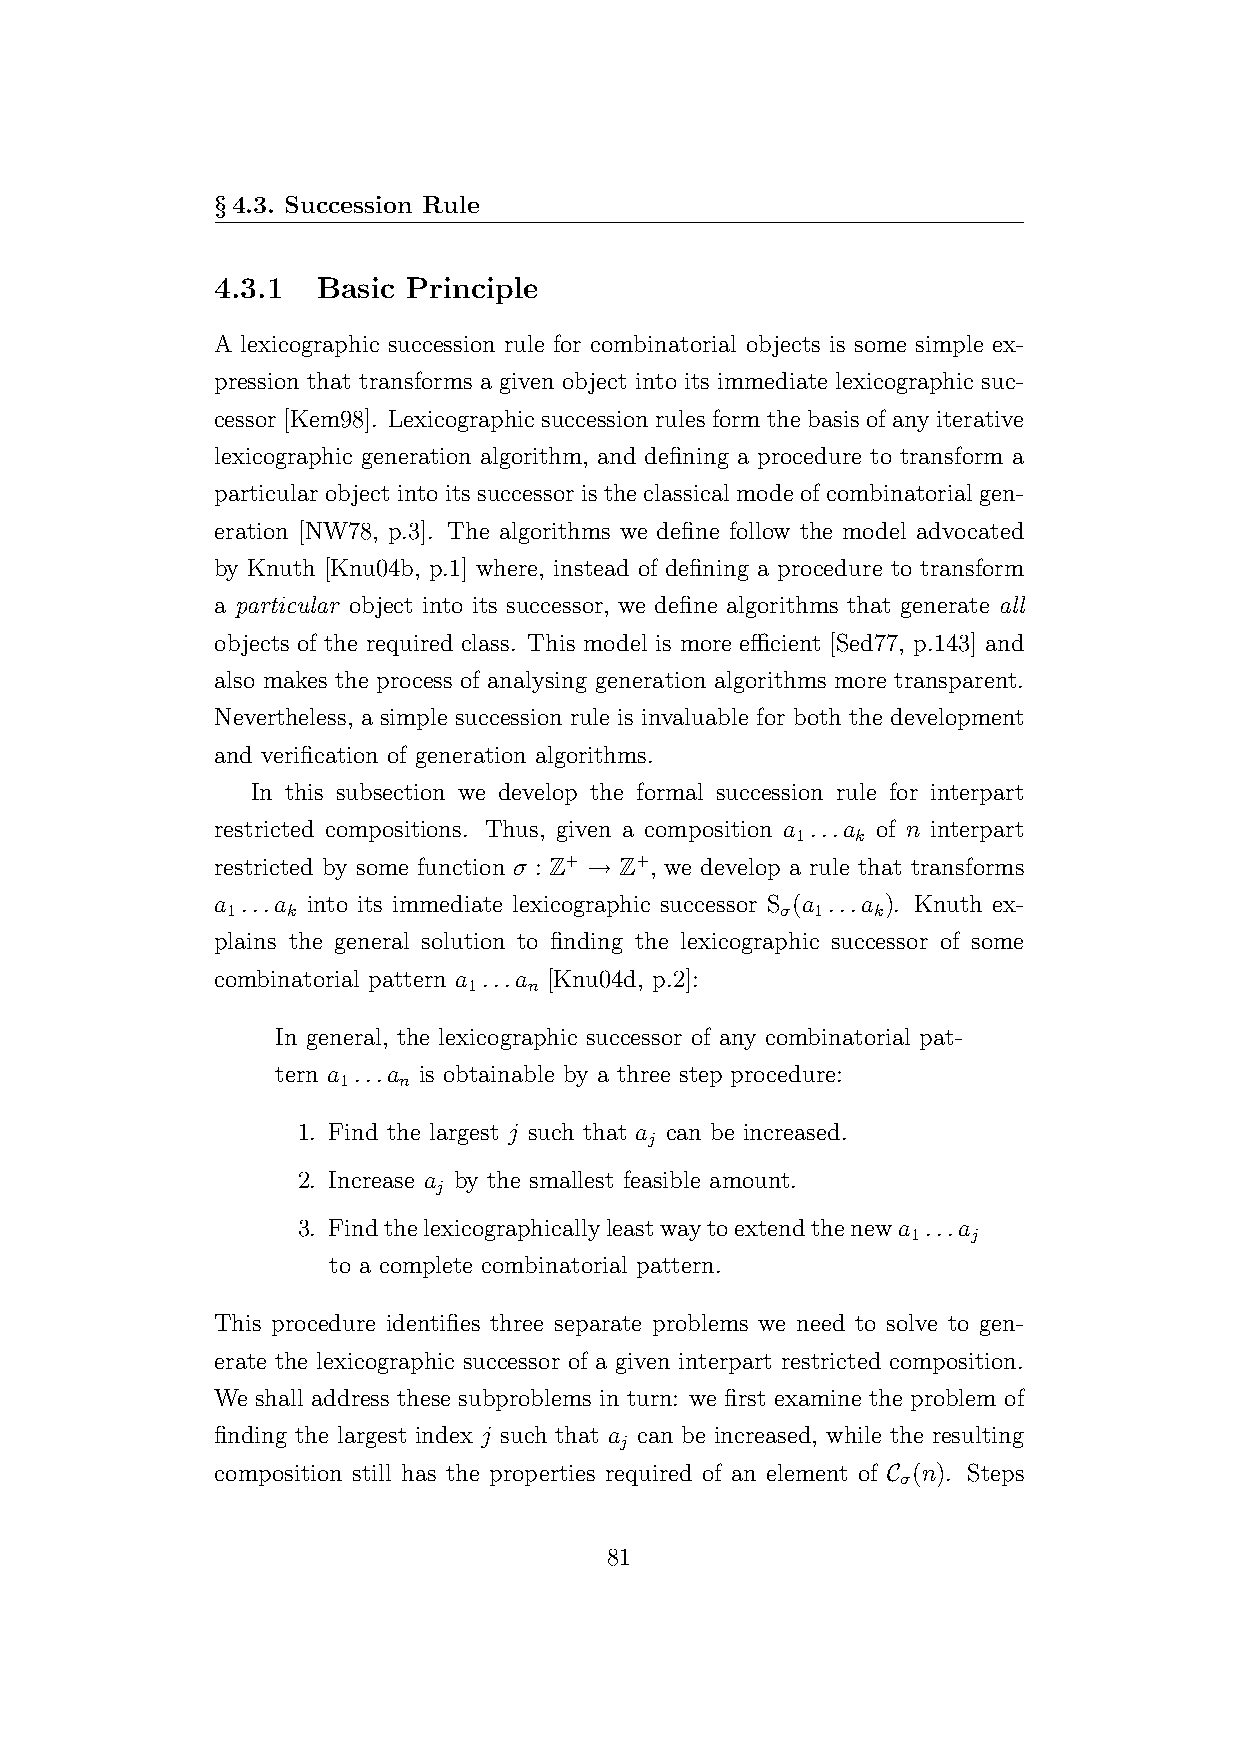
§4.3. Succession Rule
 4.3.1  Basic Principle
 A lexicographic succession rule for combinatorial objects is some simple ex-
 pression that transforms a given object into its immediate lexicographic suc-
 cessor[Kem98]. Lexicographic successionrulesformthebasisofanyiterative
 lexicographic generation algorithm, and defining a procedure to transform a
 particular object into its successor is the classical mode of combinatorial gen-
 eration [NW78, p.3]. The algorithms we define follow the model advocated
 by Knuth [Knu04b, p.1] where, instead of defining a procedure to transform
 a particular object into its successor, we define algorithms that generate all
 objects of the required class. This model is more efficient [Sed77, p.143] and
 also makes the process of analysing generation algorithms more transparent.
 Nevertheless, a simple succession rule is invaluable for both the development
 and verification of generation algorithms.
 In this subsection we develop the formal succession rule for interpart
 restricted compositions. Thus, given a composition a ...a of n interpart
 1   k
 restricted by some function σ : Z+ → Z+, we develop a rule that transforms
 a ...a into its immediate lexicographic successor S (a ...a ). Knuth ex-
 1   k                                σ 1   k
 plains the general solution to finding the lexicographic successor of some
 combinatorial pattern a ...a [Knu04d, p.2]:
 1   n
 In general, the lexicographic successor of any combinatorial pat-
 tern a ...a is obtainable by a three step procedure:
 1   n
 1. Find the largest j such that a can be increased.
 j
 2. Increase a by the smallest feasible amount.
 j
 3. Findthelexicographicallyleastwaytoextendthenewa ...a
 1   j
 to a complete combinatorial pattern.
 This procedure identifies three separate problems we need to solve to gen-
 erate the lexicographic successor of a given interpart restricted composition.
 We shall address these subproblems in turn: we first examine the problem of
 finding the largest index j such that a can be increased, while the resulting
 j
 composition still has the properties required of an element of C (n). Steps
 σ
 81